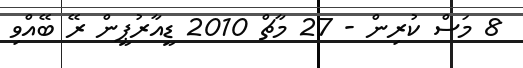
8 މަސް ކުރިން - 27 މާޗް 2010 ޑީއާރުޕީން ރޭ ބޭއްވި